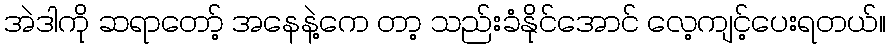
အဲဒါကို ဆရာတော့် အနေနဲ့ကေ တာ့ သည်းခံနိုင်အောင် လေ့ကျင့်ပေးရတယ်။